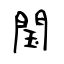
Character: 閠